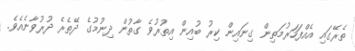
ތެރޭގައި އެއްފަހަރުމަތިން ގިނައިން ކިރު ބުއިން އިތުރުވެ ގާތުން ދިނުމުގެ ދޭތެރެ ދުރުވާނެއެވެ.